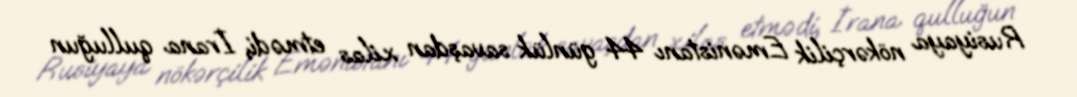
Rusiyaya nökərçilik Emənistanı 44 günlük savaşdan xilas etmədi, İrana qulluğun